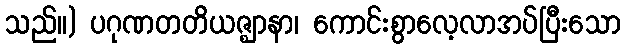
သည်။) ပဂုဏတတိယဇ္ဈာနာ၊ ကောင်းစွာလေ့လာအပ်ပြီးသော